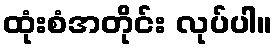
ထုံးစံအတိုင်း လုပ်ပါ။